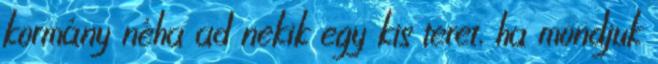
kormány néha ad nekik egy kis teret, ha mondjuk